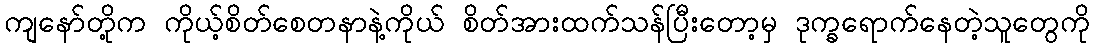
ကျနော်တို့က ကိုယ့်စိတ်စေတနာနဲ့ကိုယ် စိတ်အားထက်သန်ပြီးတော့မှ ဒုက္ခရောက်နေတဲ့သူတွေကို